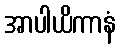
အာပါယိကာနံ